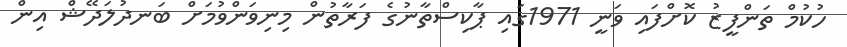
ހުކުމް ތަންފީޒު ކޮށްފައި ވަނީ 1971ގައި ޕާކިސްތާނުގެ ފަރާތުން މިނިވަންވުމަށް ބަނދުލަދޭޝް އިން